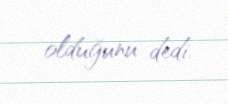
olduğunu dedi.